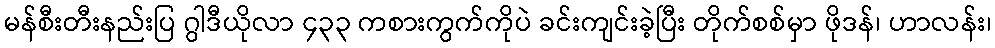
မန်စီးတီးနည်းပြ ဂွါဒီယိုလာ ၄၃၃ ကစားကွက်ကိုပဲ ခင်းကျင်းခဲ့ပြီး တိုက်စစ်မှာ ဖိုဒန်၊ ဟာလန်း၊